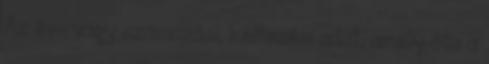
Az év- vagy számozási, keltezési adat, amely óta a